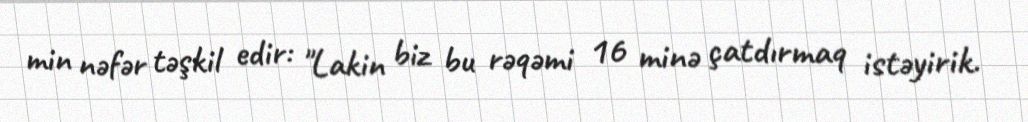
min nəfər təşkil edir: "Lakin biz bu rəqəmi 16 minə çatdırmaq istəyirik.